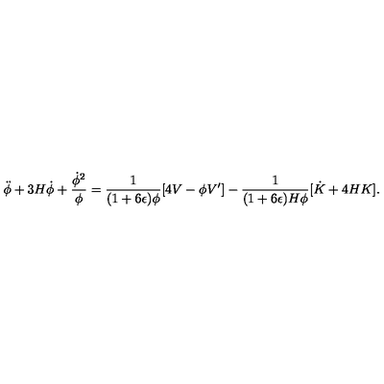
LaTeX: \ddot { \phi } + 3 H \dot { \phi } + { \frac { \dot { \phi } ^ { 2 } } { \phi } } = { \frac { 1 } { ( 1 + 6 \epsilon ) \phi } } [ 4 V - \phi V ^ { \prime } ] - { \frac { 1 } { ( 1 + 6 \epsilon ) H \phi } } [ \dot { K } + 4 H K ] .